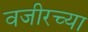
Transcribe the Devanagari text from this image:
वजीरच्या